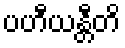
ပဟီယန္တီတိ